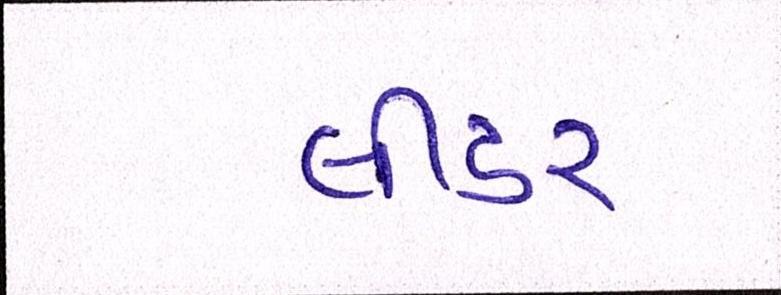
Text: લીડર